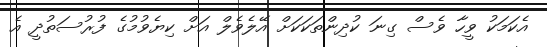
އެކަމަކު ވީހާ ވެސް ގިނަ ކުދިންތަކަކަށް އޭލެވެލް އަށް ކިޔެވުމުގެ ފުރުސަތުދީ އެ